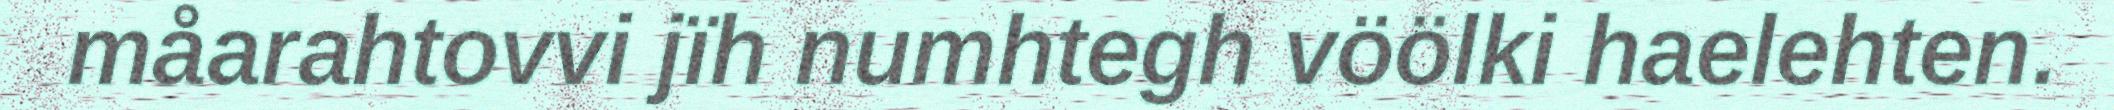
måarahtovvi jïh numhtegh vöölki haelehten.